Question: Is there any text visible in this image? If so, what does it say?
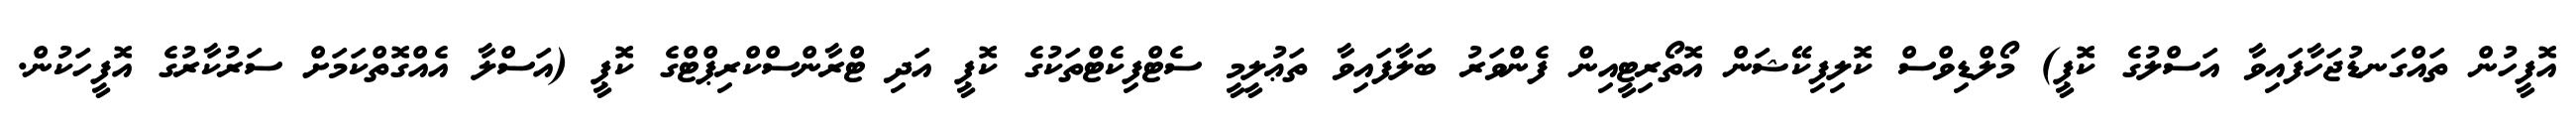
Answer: އޮފީހުން ތައްގަނޑުޖަހާފައިވާ އަސްލުގެ ކޮޕީ) މޯލްޑިވްސް ކޮލިފިކޭޝަން އޮތޯރިޓީއިން ފެންވަރު ބަލާފައިވާ ތަޢުލީމީ ސެޓްފިކެޓްތަކުގެ ކޮޕީ އަދި ޓްރާންސްކްރިޕްޓްގެ ކޮޕީ (އަސްލާ އެއްގޮތްކަމަށް ސަރުކާރުގެ އޮފީހަކުން.